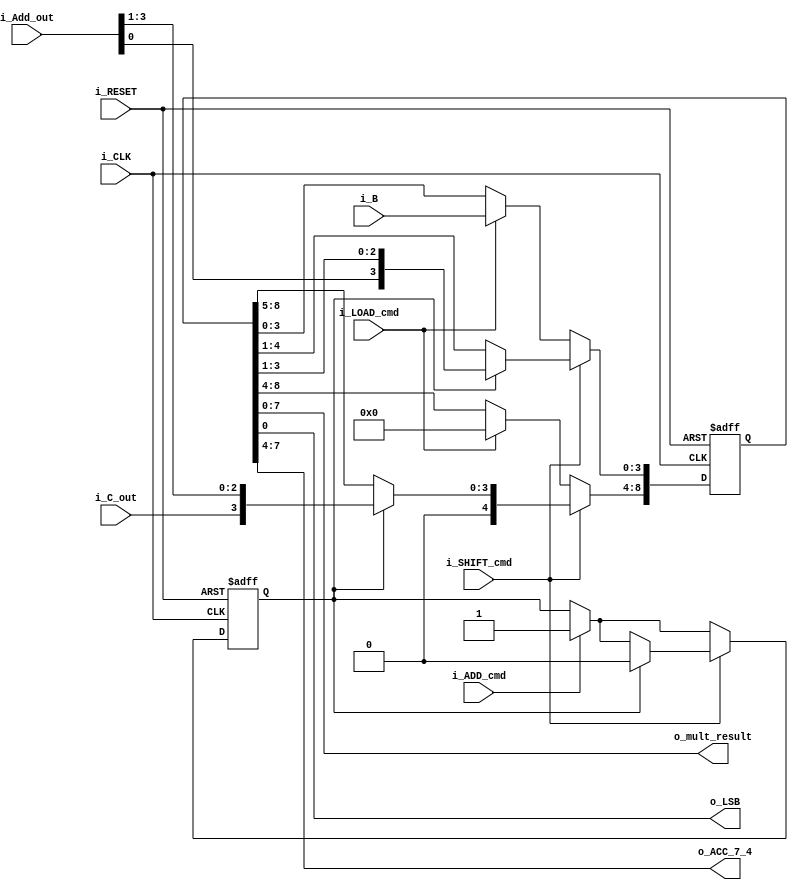
`timescale 1ns / 1ps

module multiplier_result(
    i_CLK,
    i_RESET,
    i_B,
    i_LOAD_cmd,
    i_SHIFT_cmd,
    i_ADD_cmd,
    i_Add_out,
    i_C_out,
    o_mult_result,
    o_LSB,
    o_ACC_7_4
    );

    input i_CLK, i_RESET;
    input i_ADD_cmd, i_LOAD_cmd, i_SHIFT_cmd;
    input i_C_out;
    input[3:0] i_B, i_Add_out;
    output o_LSB;
    output[3:0] o_ACC_7_4;
    output[7:0] o_mult_result;
    
    reg[8:0] r_ACC;
    reg r_temp_Add_cmd;
    
    always @(posedge i_CLK, negedge i_RESET)
    begin
        if(i_RESET == 1'b0)
        begin
            r_ACC <= 9'd0;              // initialize temporary register
            r_temp_Add_cmd <= 1'b0;
        end
        else
        begin
            if(i_LOAD_cmd == 1'b1)
            begin
                r_ACC[8:4] <= 5'b0_0000;
                r_ACC[3:0] <= i_B;     // load i_B into register
            end
            
            if(i_ADD_cmd == 1'b1)
            begin
                r_temp_Add_cmd <= 1'b1;
            end
            
            if(i_SHIFT_cmd == 1'b1)
            begin
                if(r_temp_Add_cmd == 1'b1)
                begin
                    // store adder output while shifting register right 1 bit
                    r_temp_Add_cmd <= 1'b0;
                    r_ACC <= {1'b0, i_C_out, i_Add_out, r_ACC[3:1]};
                end
                else
                begin
                    // no add - simply shift right 1 bit
                    r_ACC <= {1'b0, r_ACC[8:1]};
                end 
            end 
        end
    end
    
    assign o_ACC_7_4 = r_ACC[7:4];
    assign o_LSB = r_ACC[0];
    assign o_mult_result = r_ACC[7:0];
   
endmodule